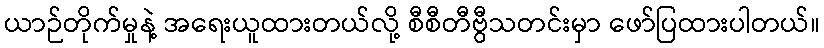
ယာဉ်တိုက်မှုနဲ့ အရေးယူထားတယ်လို့ စီစီတီဗွီသတင်းမှာ ဖော်ပြထားပါတယ်။